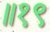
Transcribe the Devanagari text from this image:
॥१९